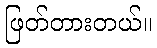
ဖြတ်တားတယ်။